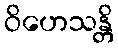
ဝိဟေသန္တိ